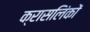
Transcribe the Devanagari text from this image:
क्रासलिंकों